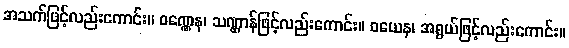
အသက်ဖြင့်လည်းကောင်း။ ဝဏ္ဏေန၊ သဏ္ဌာန်ဖြင့်လည်းကောင်း။ ဝယေန၊ အရွယ်ဖြင့်လည်းကောင်း။